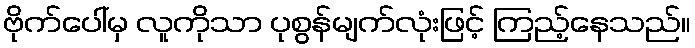
ဗိုက်ပေါ်မှ လူကိုသာ ပုစွန်မျက်လုံးဖြင့် ကြည့်နေသည်။